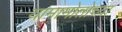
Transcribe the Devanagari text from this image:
यामामोतोच्या